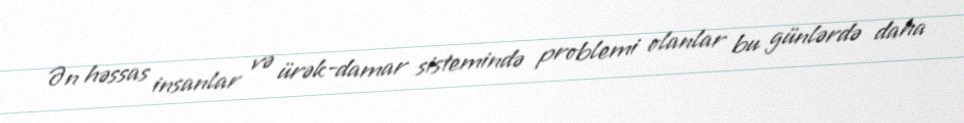
Ən həssas insanlar və ürək-damar sistemində problemi olanlar bu günlərdə daha